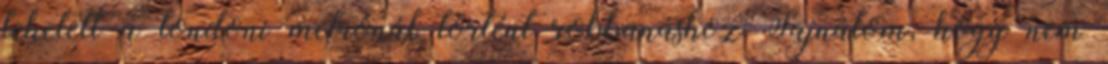
lehetett a londoni metrónál történt robbanáshoz Sajnálom, hogy nem